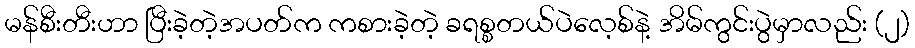
မန်စီးတီးဟာ ပြီးခဲ့တဲ့အပတ်က ကစားခဲ့တဲ့ ခရစ္စတယ်ပဲလေ့စ်နဲ့ အိမ်ကွင်းပွဲမှာလည်း (၂)